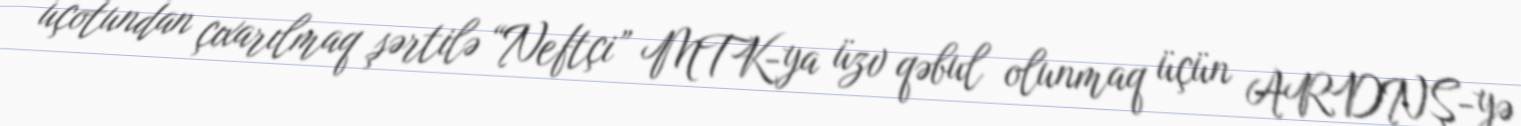
uçotundan çıxarılmaq şərtilə “Neftçi” MTK-ya üzv qəbul olunmaq üçün ARDNŞ-yə